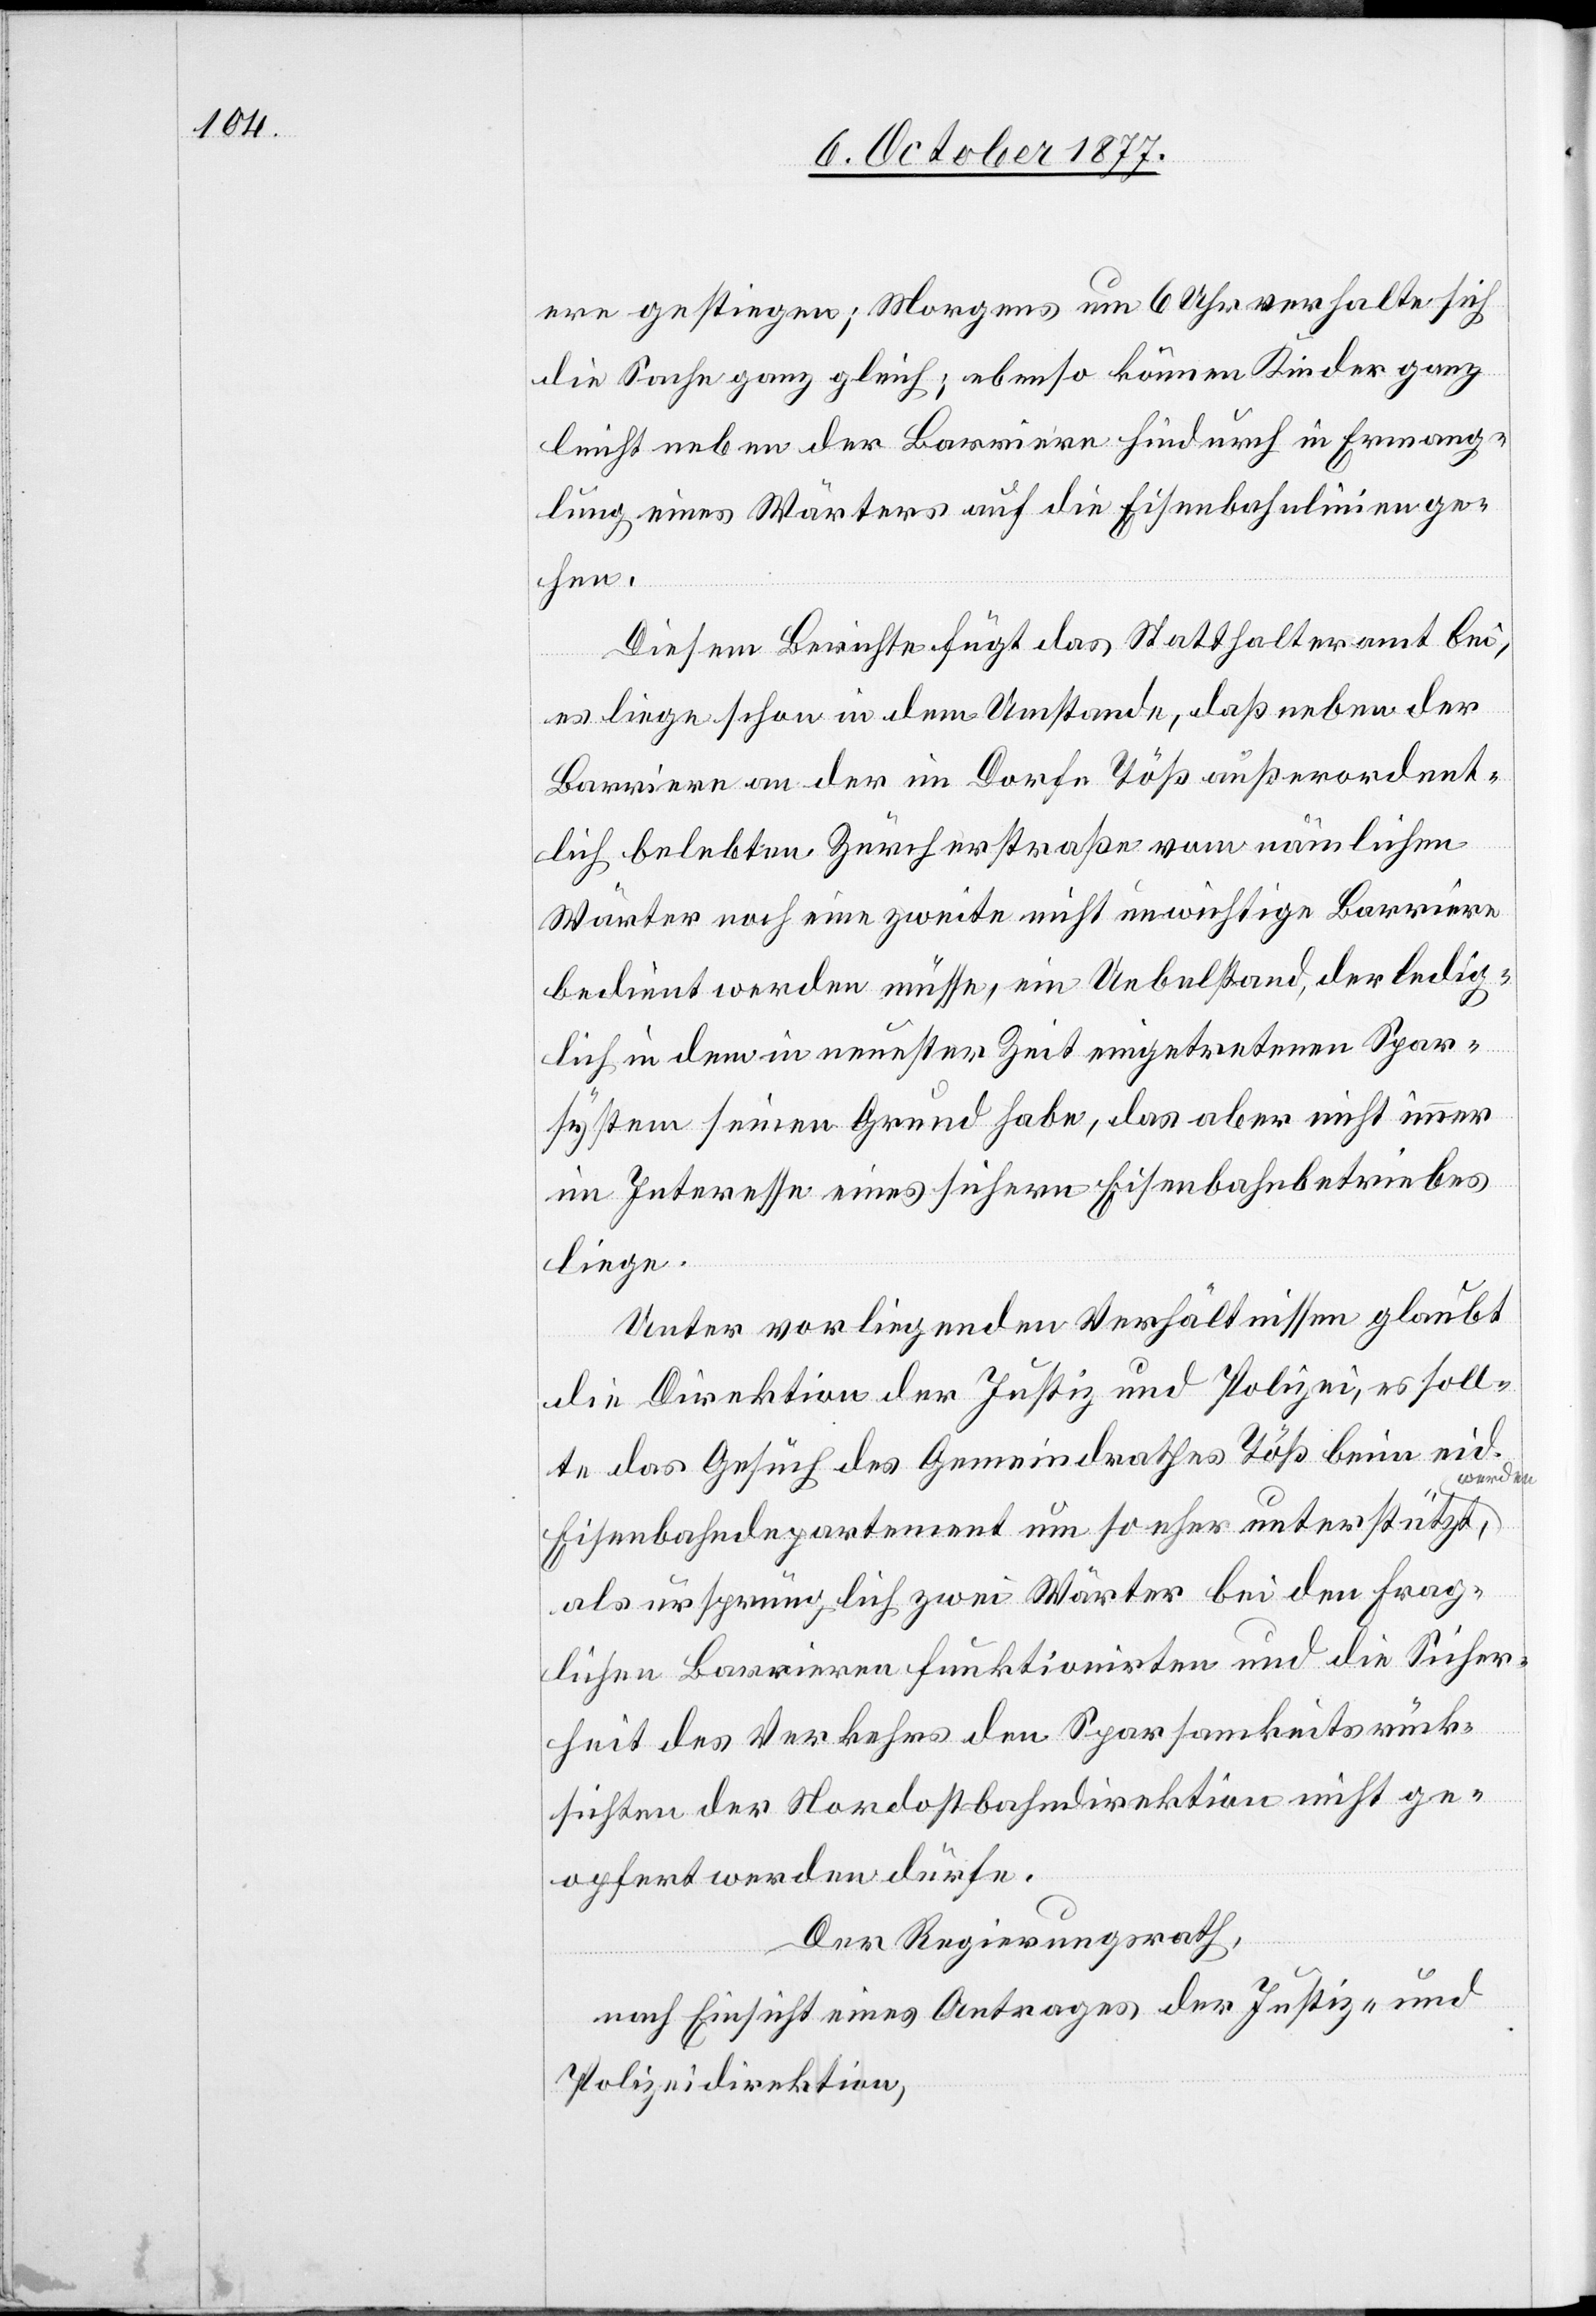
ere gestiegen; Morgens um 6 Uhr verhalte sich
die Sache ganz gleich; ebenso können Kinder ganz
leicht neben der Barriere hindurch in Ermang¬
lung eines Wärters auf die Eisenbahnlinien ge¬
hen.
Diesem Berichte fügt das Statthalteramt bei,
es liege schon in dem Umstande, daß neben der
Barriere an der im Dorfe Töß außerordent¬
lich belebten Zürcherstraße vom nämlichen
Wärter noch eine zweite nicht unwichtige Barriere
bedient werden müsse, ein Uebelstand, der ledig¬
lich in dem in neuester Zeit eingetretenen Spar¬
system seinen Grund habe, das aber nicht immer
im Interesse eines sichern Eisenbahnbetriebes
liege.
Unter vorliegenden Verhältnissen glaubt
die Direktion der Justiz und Polizei, es soll¬
te das Gesuch des Gemeindrathes Töß beim eid.
werden,
Eisenbahndepartement um so eher unterstützt
als ursprünglich zwei Wärter bei den frag¬
lichen Barrieren funktionirten und die Sicher¬
heit des Verkehrs den Sparsamkeitsrück¬
sichten der Nordostbahndirektion nicht ge¬
opfert werden dürfe.
Der Regierungsrath,
nach Einsicht eines Antrages der Justiz- und
Polizeidirektion,